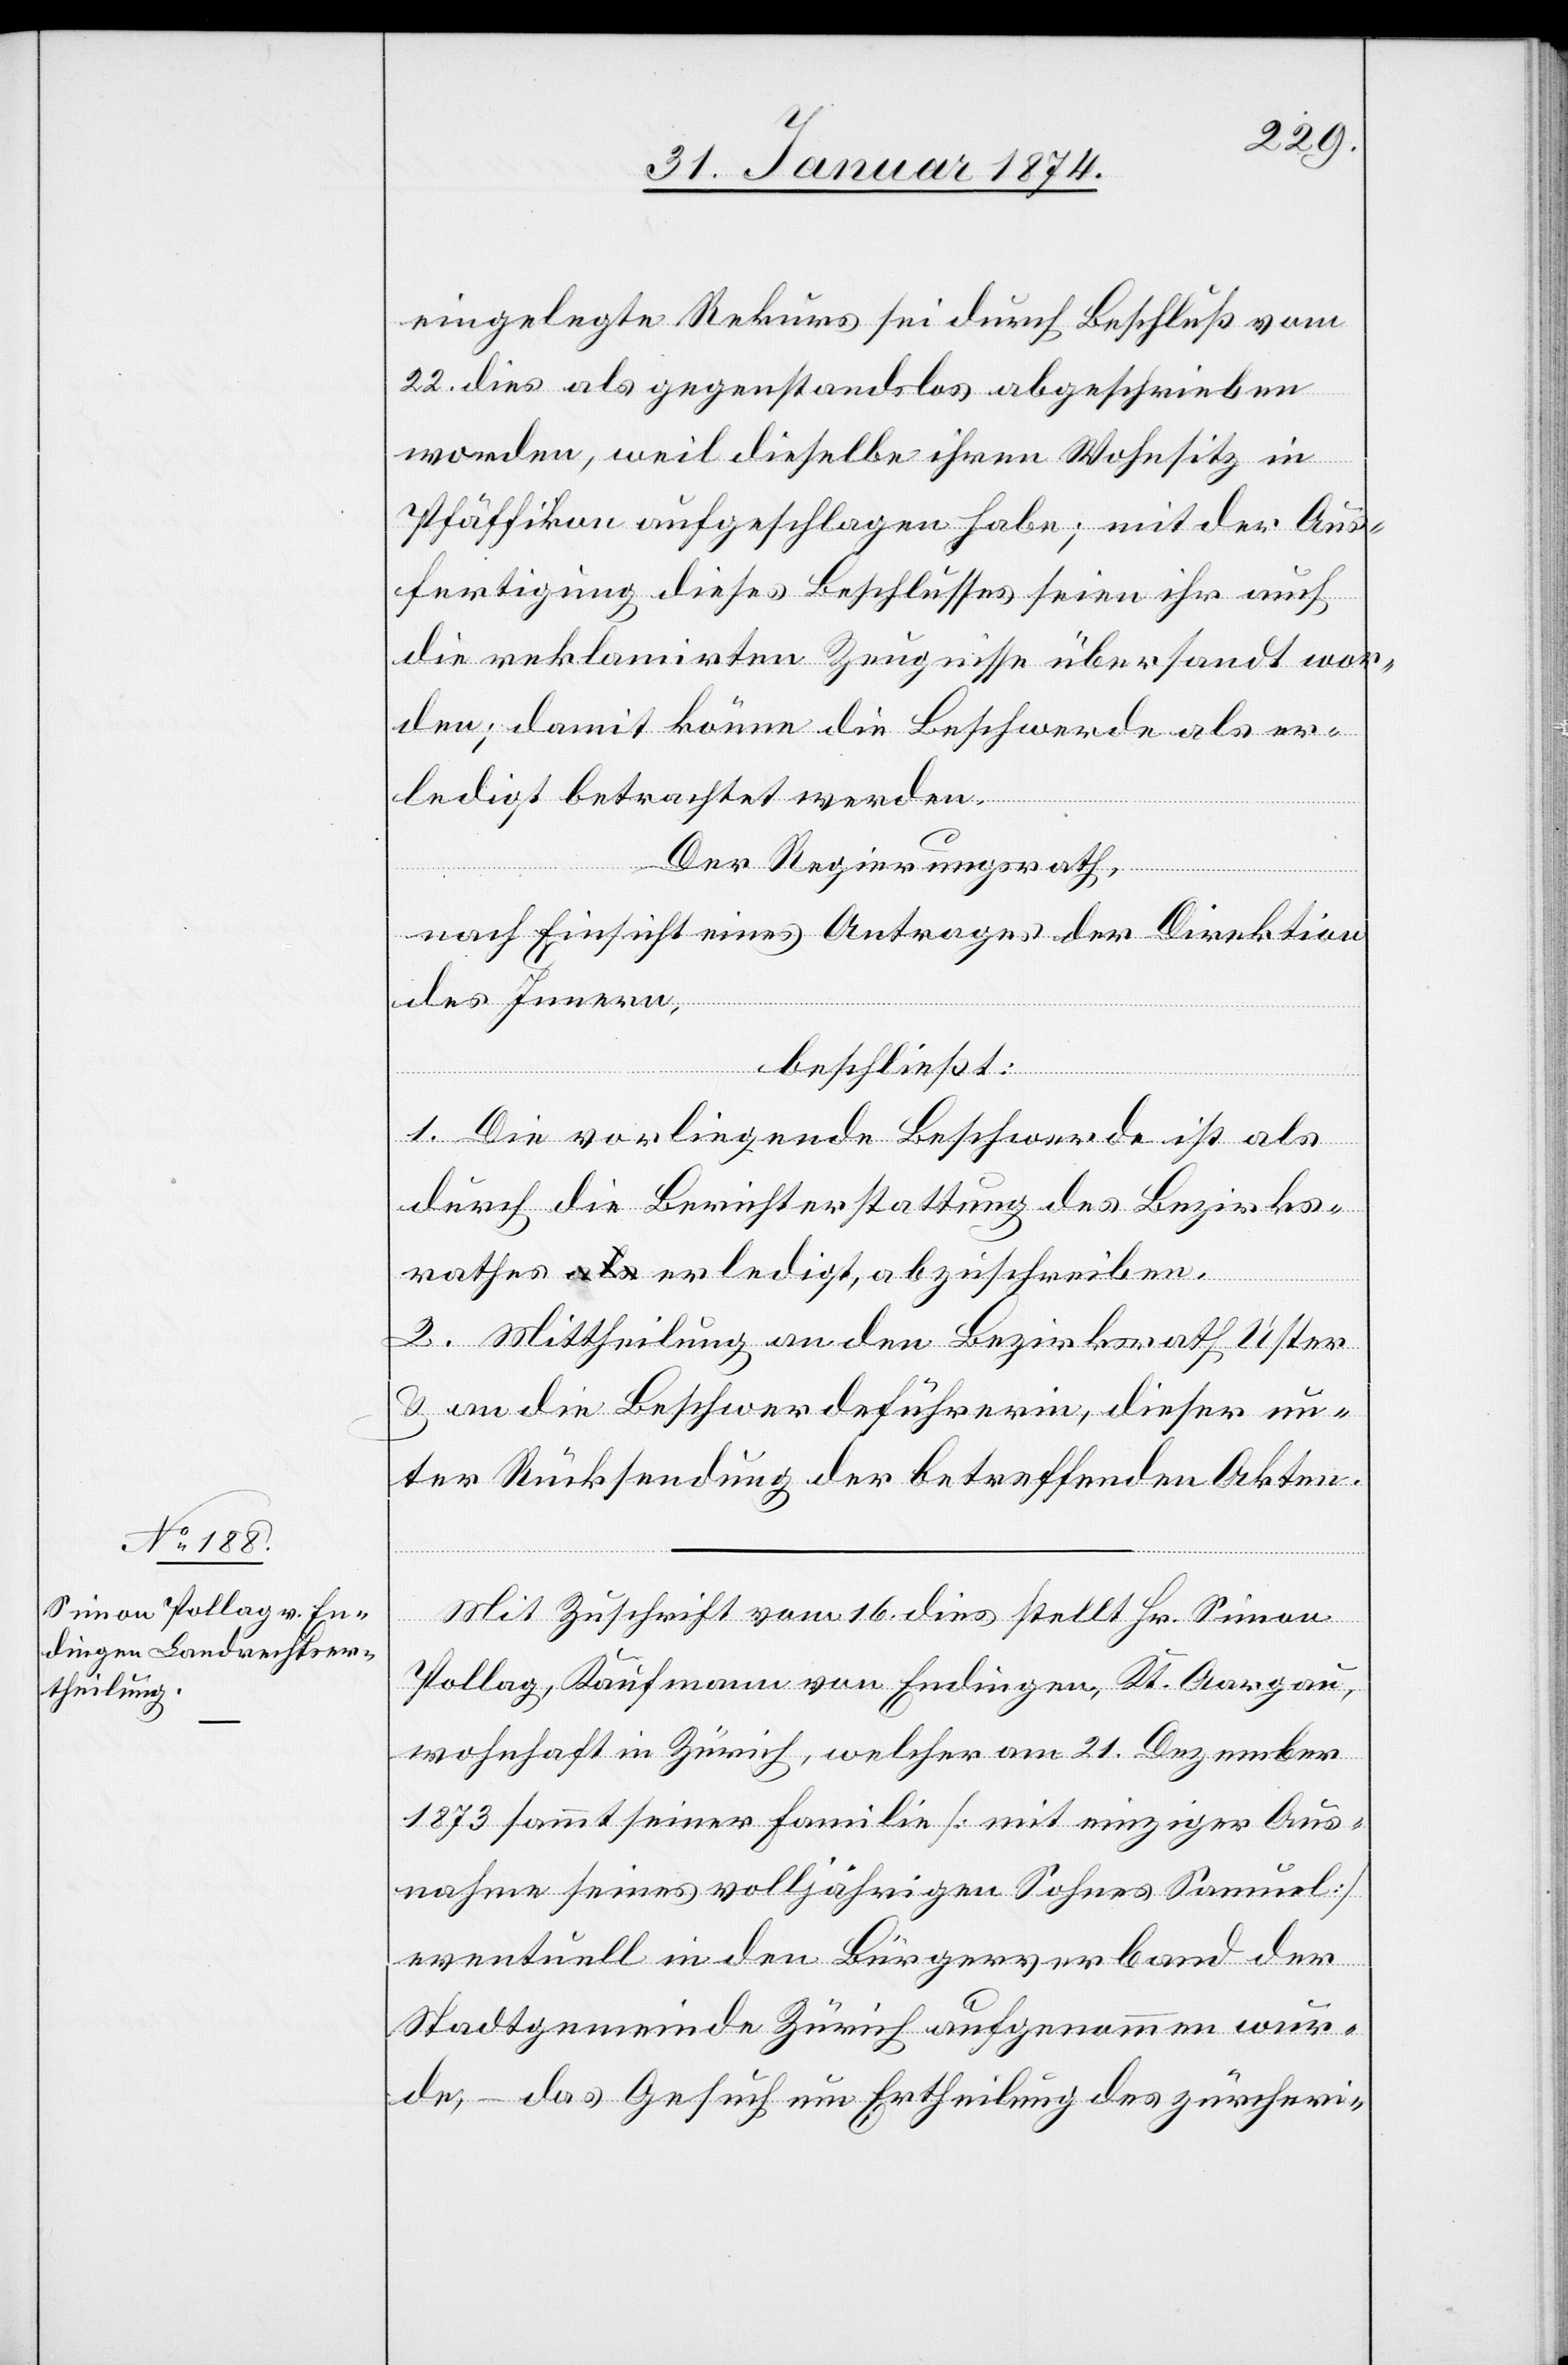
eingelegte Rekurs sei durch Beschluß vom
22. dies als gegenstandslos abgeschrieben
worden, weil dieselbe ihren Wohnsitz in
Pfäffikon aufgeschlagen habe, mit der Aus¬
fertigung dieses Beschlusses seien ihr auch
die reklamirten Zeugnisse übersandt wor¬
den; damit könne die Beschwerde als er¬
ledigt betrachtet werden.
Der Regierungsrath,
nach Einsicht eines Antrages der Direktion
des Innern,
beschließt:
1. Die vorliegende Beschwerde ist als
durch die Berichterstattung des Bezirks¬
rathes erledigt, abzuschreiben.
Mit Zuschrift vom 16. dies stellt Hr. Simon
Pollag, Kaufmann von Endingen, Kt. Aargau,
wohnhaft in Zürich, welcher am 21. Dezember
1873 sammt seiner Familie [mit einziger Aus¬
nahme seines volljährigen Sohnes Samuel]
eventuell in den Bürgerverband der
Stadtgemeinde Zürich aufgenommen wur¬
de, – das Gesuch um Ertheilung des zürcheri-